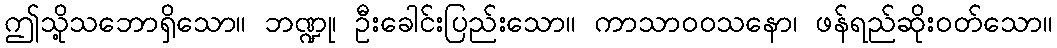
ဤသို့သဘောရှိသော။ ဘဏ္ဍု၊ ဦးခေါင်းပြည်းသော။ ကာသာဝဝသနော၊ ဖန်ရည်ဆိုးဝတ်သော။